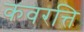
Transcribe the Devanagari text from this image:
कवरत्ति